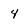
Character: 4